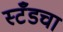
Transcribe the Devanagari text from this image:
स्टँडचा